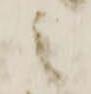
之